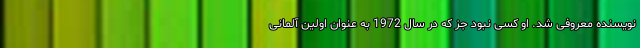
نویسنده معروفی شد. او کسی نبود جز که در سال 1972 به عنوان اولین آلمانی